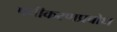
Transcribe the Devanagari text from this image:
पंचीकरणप्रबोध